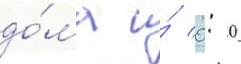
до́ма и́ 0: 0